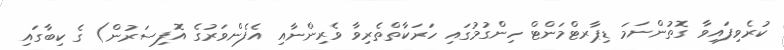
ކުރެވިފައިވާ ގޮތުންނަމަ ޑިޕާރޓްމަންޓް ހިންގުމުގައި ހަރަކާތްތެރިވާ ވެރިންނާއި އެފެންވަރުގެ އޮފިސަރުން) ގެ ކިބާގައި